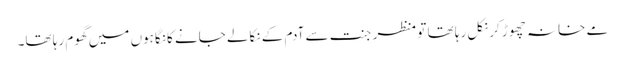
مے خانہ چھوڑ کر نکل رہا تھا تو منظر جنت سے آدم کے نکالے جانے کا نگاہوں میں گھوم رہا تھا۔